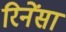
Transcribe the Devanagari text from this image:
रिनेंसा